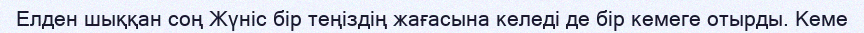
Елден шыққан соң Жүніс бір теңіздің жағасына келеді де бір кемеге отырды. Кеме